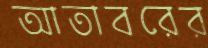
আতাবরের